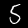
Digit: 5